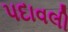
પદાવલી